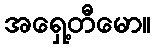
အရှေ့တီမော။